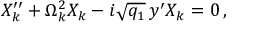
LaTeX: X _ { k } ^ { \prime \prime } + \Omega _ { k } ^ { 2 } X _ { k } - i \sqrt { q _ { 1 } } \, y ^ { \prime } X _ { k } = 0 \, ,